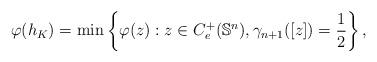
LaTeX: \begin{align*}\varphi(h_K)=\min \left\{\varphi(z):z\in C_e^+(\mathbb{S}^{n}),\gamma_{n+1}([z])=\frac{1}{2}\right\},\end{align*}